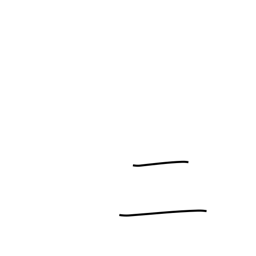
Meaning: two